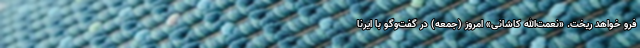
فرو خواهد ریخت. «نعمت‌الله کاشانی» امروز (جمعه) در گفت‌وگو با ایرنا